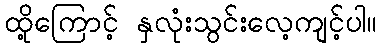
ထို့ကြောင့် နှလုံးသွင်းလေ့ကျင့်ပါ။